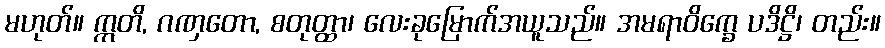
မဟုတ်။ ဣတိ, ဂဏှတော, စတုတ္ထာ၊ လေးခုမြောက်အယူသည်။ အမရာဝိက္ခေ ပဒိဋ္ဌိ၊ တည်း။